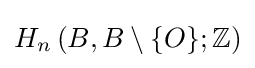
H_{n}\left(B,B\setminus \{O\};\mathbb {Z} \right)